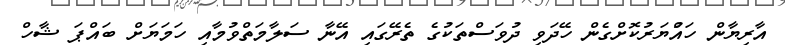
އާރިޔާން ހައްުޔަރުކޮށްގެން ހޭދަވި ދުވަސްތަކުގެ ތެރޭގައި އޭނާ ސަލާމަތްވުމާއި ހަމަޔަށް ބައްޕަ ޝާހް